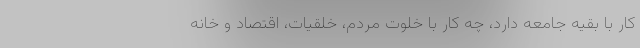
کار با بقیه جامعه دارد، چه کار با خلوت مردم، خلقیات، اقتصاد و خانه